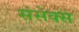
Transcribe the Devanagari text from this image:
संसेक्स